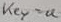
Text: key=a